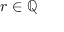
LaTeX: r \in \mathbb { Q }